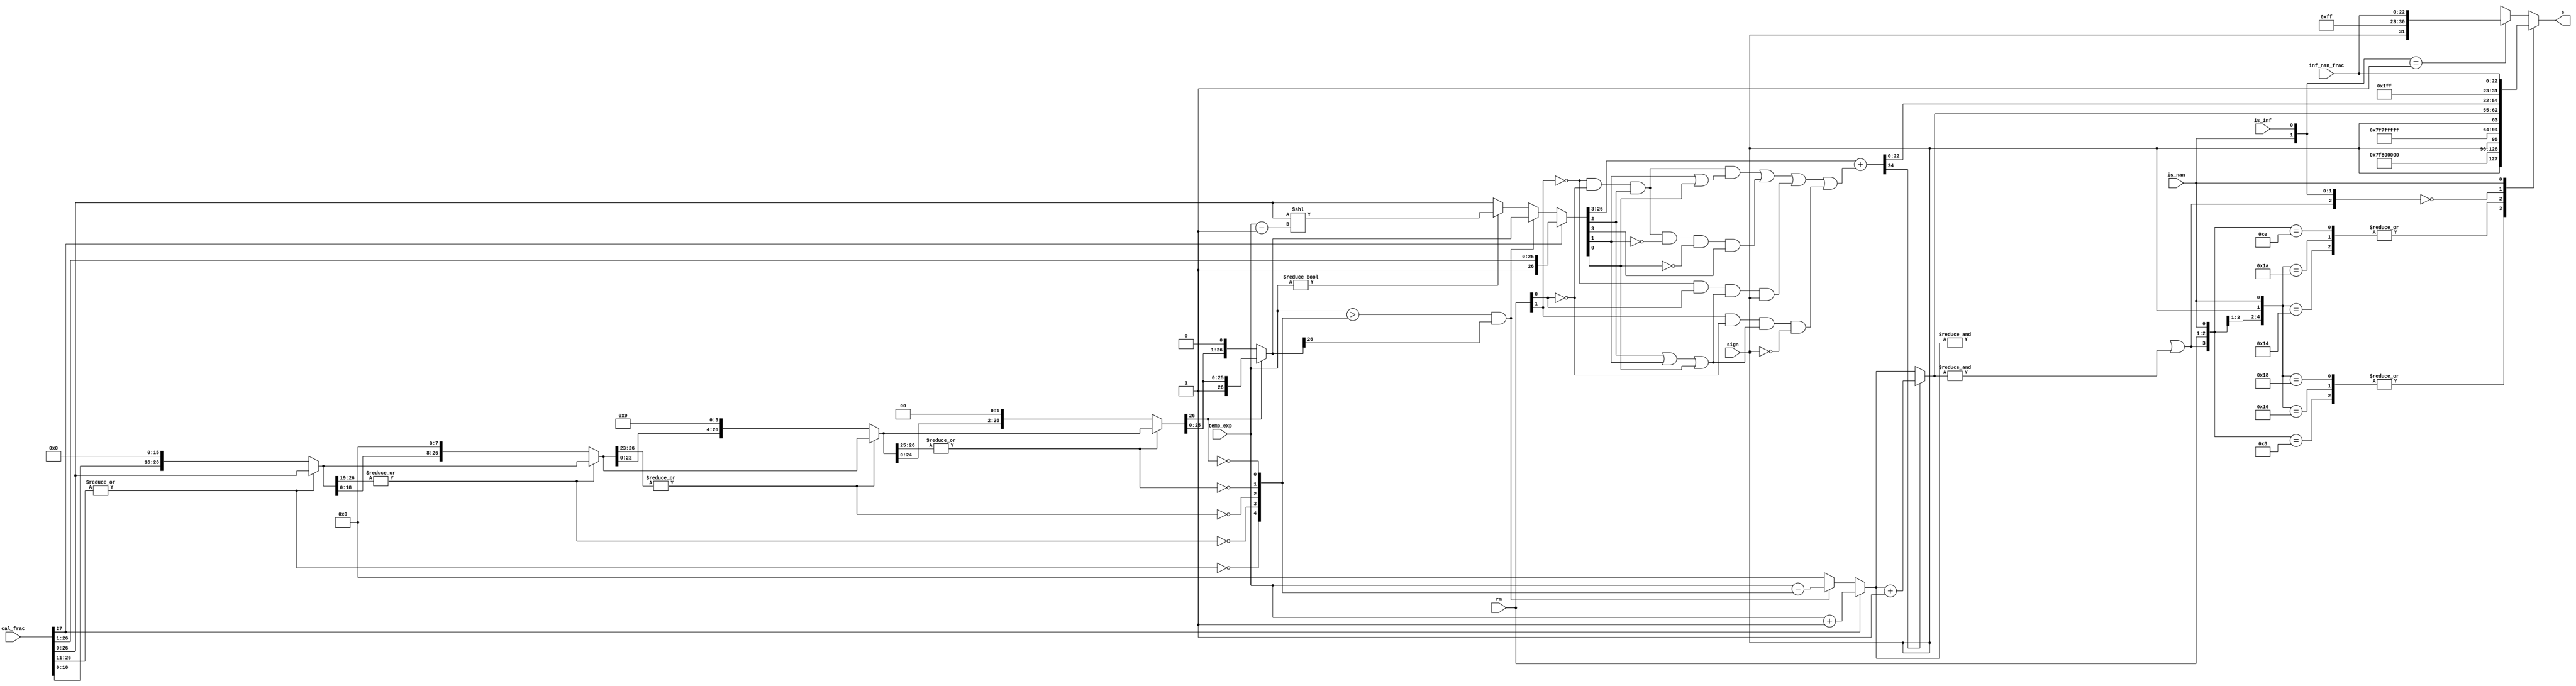
`timescale 1ns / 1ps

module fadd_norm (rm,is_nan,is_inf,inf_nan_frac,sign,temp_exp,cal_frac,s);
	input [27:0] cal_frac;
	input [22:0] inf_nan_frac;
	input [7:0] temp_exp;
	input [1:0] rm;
	input is_nan,is_inf;
	input sign;
	output [31:0] s;
	wire [26:0] f4,f3,f2,f1,f0;
	//1
	wire [4:0] zeros;
	assign zeros[4] = ~|cal_frac[26:11]; // 16-bit 0
	assign f4 = zeros[4]? {cal_frac[10:0],16'b0} : cal_frac[26:0];
	assign zeros[3] = ~|f4[26:19]; // 8-bit 0
	assign f3 = zeros[3]? {f4[18:0], 8'b0} : f4;
	assign zeros[2] = ~|f3[26:23]; // 4-bit 0
	assign f2 = zeros[2]? {f3[22:0], 4'b0} : f3;
	assign zeros[1] = ~|f2[26:25]; // 2-bit 0
	assign f1 = zeros[1]? {f2[24:0], 2'b0} : f2;
	assign zeros[0] = ~f1[26]; // 1-bit 0
	assign f0 = zeros[0]? {f1[25:0], 1'b0} : f1;
	reg [26:0] frac0;
	reg [7:0] exp0;
	//exponent
	always @ * begin
		if (cal_frac[27]) begin
			frac0 = cal_frac[27:1]; // 1x.xxxxxxxxxxxxxxxxxxxxxxx xxx
			exp0 = temp_exp + 8'h1; // 1.xxxxxxxxxxxxxxxxxxxxxxx xxx
		end 
		else begin
			if ((temp_exp > zeros) && (f0[26])) begin // a normalized number
				exp0 = temp_exp - zeros;
				frac0 = f0; // 01.xxxxxxxxxxxxxxxxxxxxxxx xxx
			end
			else begin // is a denormalized number or 0
				exp0 = 0;
				if (temp_exp != 0) // (e - 127) = ((e - 1) - 126)
					frac0 = cal_frac[26:0] << (temp_exp - 8'h1);
				else frac0 = cal_frac[26:0];
			end
		end
	end
	//round
	wire frac_plus_1 = // for rounding
	~rm[1] & ~rm[0] & frac0[2] & (frac0[1] | frac0[0]) |
	~rm[1] & ~rm[0] & frac0[2] & ~frac0[1] & ~frac0[0] & frac0[3] |
	~rm[1] & rm[0] & (frac0[2] | frac0[1] | frac0[0]) & sign |
	rm[1] & ~rm[0] & (frac0[2] | frac0[1] | frac0[0]) & ~sign;
	wire [24:0] frac_round = {1'b0,frac0[26:3]} + frac_plus_1;
	wire [7:0] exponent = frac_round[24]? exp0 + 8'h1 : exp0;
	wire overflow = &exp0 | &exponent;
	assign s = final_result(overflow, rm, sign, is_nan, is_inf, exponent, frac_round[22:0], inf_nan_frac);
	//
	function [31:0] final_result;
		input overflow;
		input [1:0] rm;
		input sign, is_nan, is_inf;
		input [7:0] exponent;
		input [22:0] fraction, inf_nan_frac;
		casex ({overflow, rm, sign, is_nan, is_inf})
			6'b1_00_x_0_x : final_result = {sign,8'hff,23'h000000}; // inf
			6'b1_01_0_0_x : final_result = {sign,8'hfe,23'h7fffff}; // max
			6'b1_01_1_0_x : final_result = {sign,8'hff,23'h000000}; // inf
			6'b1_10_0_0_x : final_result = {sign,8'hff,23'h000000}; // inf
			6'b1_10_1_0_x : final_result = {sign,8'hfe,23'h7fffff}; // max
			6'b1_11_x_0_x : final_result = {sign,8'hfe,23'h7fffff}; // max
			6'b0_xx_x_0_0 : final_result = {sign,exponent,fraction}; // nor
			6'bx_xx_x_1_x : final_result = {1'b1,8'hff,inf_nan_frac}; // nan
			6'bx_xx_x_0_1 : final_result = {sign,8'hff,inf_nan_frac}; // inf
			default : final_result = {sign,8'h00,23'h000000}; // 0
		endcase
	endfunction
endmodule